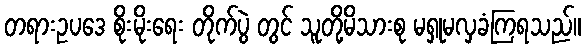
တရားဥပဒေ စိုးမိုးရေး တိုက်ပွဲ တွင် သူတို့မိသားစု မရှုမလှခံကြရသည်။